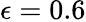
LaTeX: \epsilon=0.6